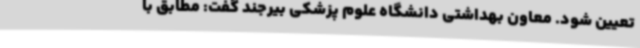
تعیین شود. معاون بهداشتی دانشگاه علوم پزشکی بیرجند گفت: مطابق با